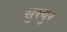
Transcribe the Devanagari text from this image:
सुरपुर